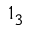
1 _ { 3 }